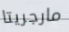
مارجريتا